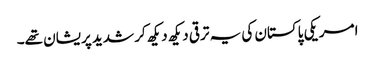
امریکی پاکستان کی یہ ترقی دیکھ دیکھ کر شدید پریشان تھے۔